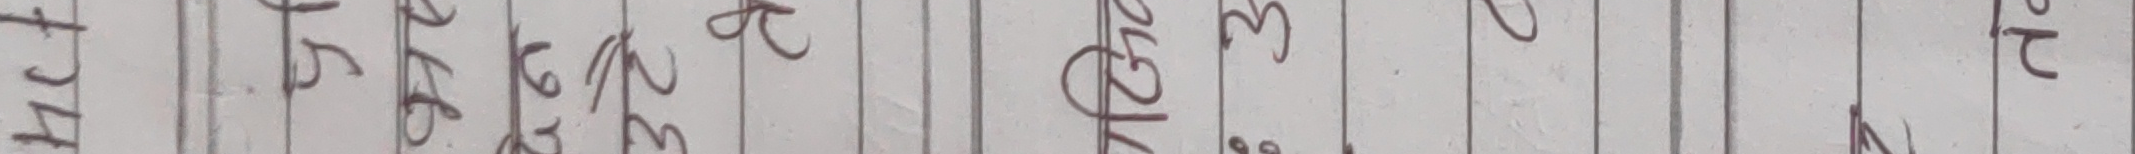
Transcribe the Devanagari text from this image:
५४१४७३१२६३४२६३२७४१२५